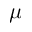
\mu